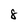
Character: 8